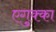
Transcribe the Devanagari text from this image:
एगुक्का